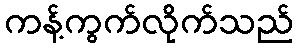
ကန့်ကွက်လိုက်သည်